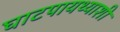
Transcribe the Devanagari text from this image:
घाटपायथ्याशी